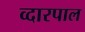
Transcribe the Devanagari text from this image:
व्दारपाल